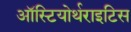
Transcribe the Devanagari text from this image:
ऑस्टियोर्थराइटिस